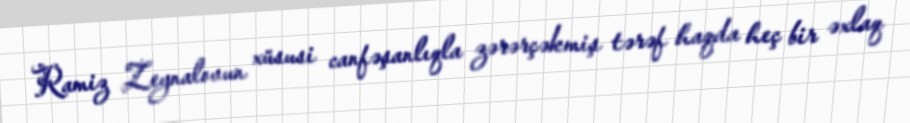
Ramiz Zeynalovun xüsusi canfəşanlıqla zərərçəkmiş tərəf haqda heç bir əxlaq